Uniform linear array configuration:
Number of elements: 16
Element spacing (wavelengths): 0.25
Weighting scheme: hamming
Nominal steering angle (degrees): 15
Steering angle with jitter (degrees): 14.9
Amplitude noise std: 0.05
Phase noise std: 0.05

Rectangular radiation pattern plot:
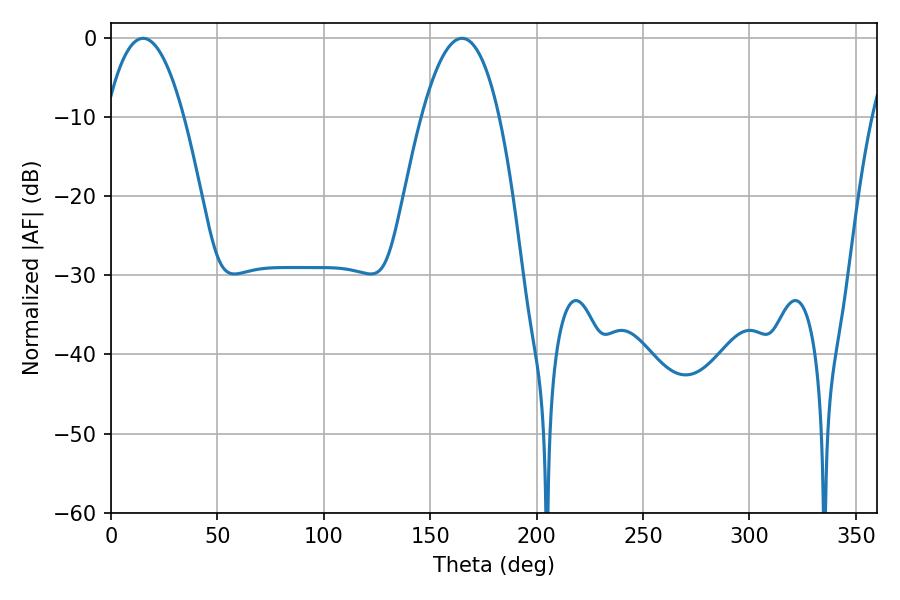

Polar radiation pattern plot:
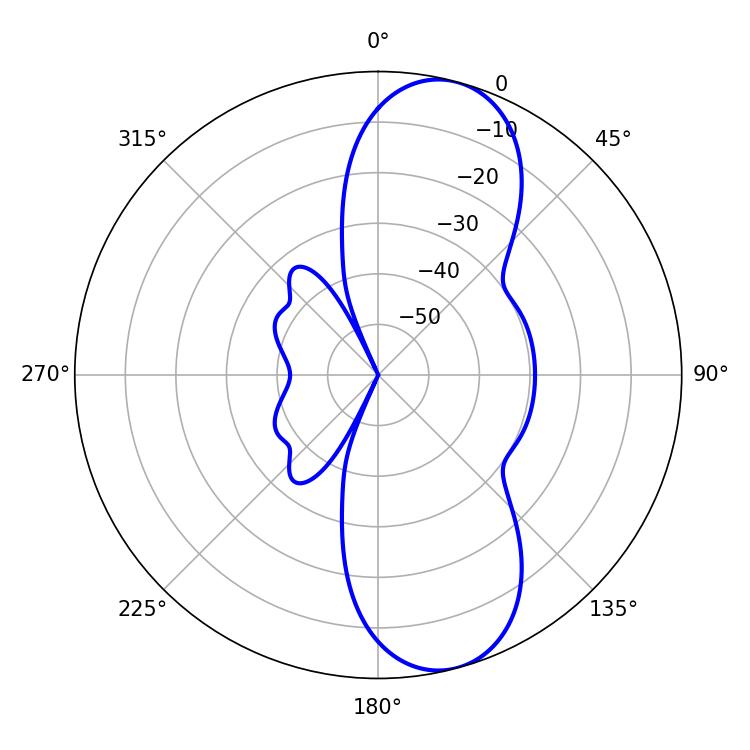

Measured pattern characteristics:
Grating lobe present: FALSE
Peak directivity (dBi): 9.959
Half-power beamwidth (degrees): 20.16
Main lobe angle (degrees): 15.12